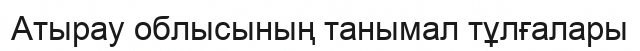
Атырау облысының танымал тұлғалары